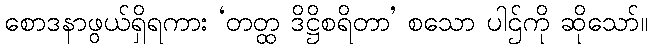
စောဒနာဖွယ်ရှိရကား ‘တတ္ထ ဒိဋ္ဌိစရိတာ’ စသော ပါဌ်ကို ဆိုသော်။